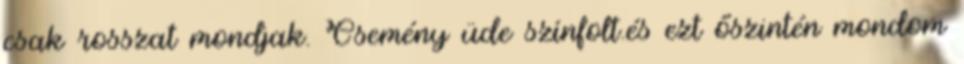
csak rosszat mondjak. Csemény üde szí­nfolt.és ezt őszintén mondom